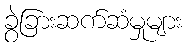
ခွဲခြားဆက်ဆံမှုများ